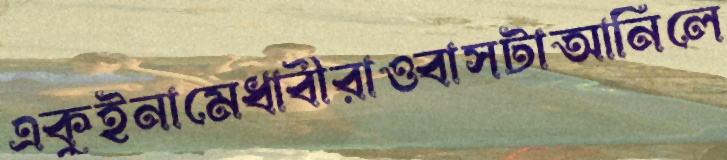
একুইনামেধাবীরাওবাসটাআনিলে